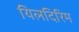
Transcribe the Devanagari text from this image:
यिलदिरिम